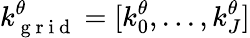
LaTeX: k_{\mathrm{~g~r~i~d~}}^{\theta}=[k_{0}^{\theta},...,k_{J}^{\theta}]